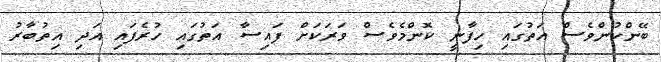
ބޭންކުންވެސް އަތުގައި ހިފާނީ ކޮންމެވެސް ވަރަކަށް ފައިސާ އަތުގައި ހުރެފައި އަދި އިތުބާރު